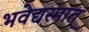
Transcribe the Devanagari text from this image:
भवेद्यस्मात्